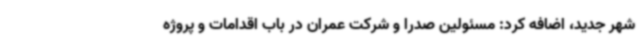
شهر جدید، اضافه کرد: مسئولین صدرا و شرکت عمران در باب اقدامات و پروژه